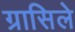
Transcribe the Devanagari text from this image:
ग्रासिले